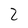
Character: 2